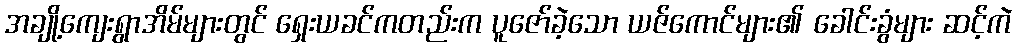
အချို့ကျေးရွာအိမ်များတွင် ရှေးယခင်ကတည်းက ပူဇော်ခဲ့သော ယဇ်ကောင်များ၏ ခေါင်းခွံများ ဆင့်ကဲ